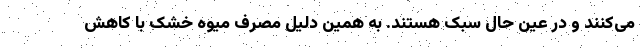
می‌کنند و در عین حال سبک هستند. به همین دلیل مصرف میوه خشک با کاهش